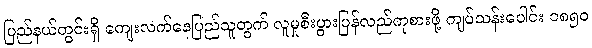
ပြည်နယ်တွင်းရှိ ကျေးလက်နေပြည်သူတွက် လူမှုစီးပွားပြန်လည်ကုစားဖို့ ကျပ်သန်းပေါင်း ၁၈၅၀